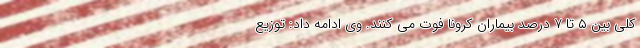
کلی بین ۵ تا ۷ درصد بیماران کرونا فوت می کنند. وی ادامه داد: توزیع